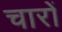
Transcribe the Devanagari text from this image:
चारों